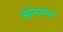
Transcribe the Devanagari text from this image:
सोनवाल